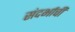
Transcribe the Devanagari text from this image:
संदर्भाची